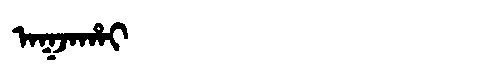
Manchu: ᠠᡴᠵᠠᡥᠠᡳ
Romanization: AKJAHAI